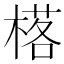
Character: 𱣿